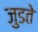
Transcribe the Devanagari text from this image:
जुडते